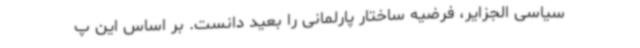
سیاسی الجزایر، فرضیه ساختار پارلمانی را بعید دانست. بر اساس این پ